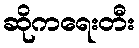
ဆိုကရေးတီး